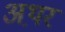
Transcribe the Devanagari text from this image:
अथ़र